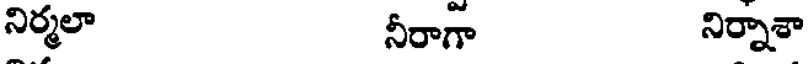
నిర్మలా నీరాగా నిర్నాశా